Madras plague regulations and rules - Volume 2
Disease focus: Plague
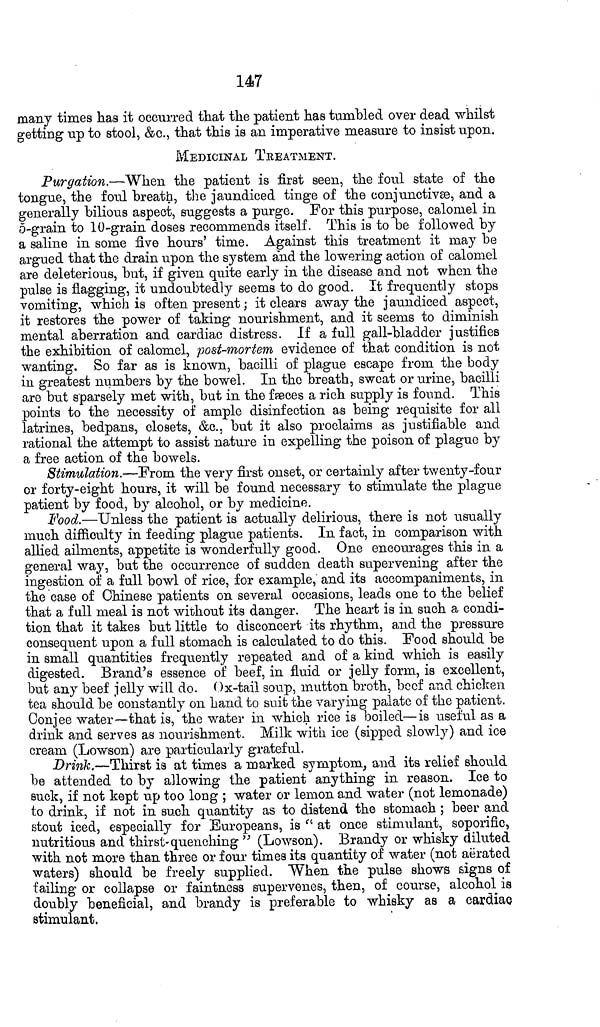
147
many times has it occurred that the patient has tumbled over dead whilst
getting up to stool, &c., that this is an imperative measure to insist upon.
MEDICINAL TREATMENT.
Purgation.—When the patient is first seen, the foul state of the
tongue, the foul breath, the jaundiced tinge of the conjunctivæ, and a
generally bilious aspect, suggests a purge. For this purpose, calomel in
5-grain to 10-grain doses recommends itself. This is to be followed by
a saline in some five hours' time. Against this treatment it may be
argued that the drain upon the system and the lowering action of calomel
are deleterious, but, if given quite early in the disease and not when the
pulse is flagging, it undoubtedly seems to do good. It frequently stops
vomiting, which is often present ; it clears away the jaundiced aspect,
it restores the power of taking nourishment, and it seems to diminish
mental aberration and cardiac distress. If a full gall-bladder justifies
the exhibition of calomel, post-mortem evidence of that condition is not
wanting. So far as is known, bacilli of plague escape from the body
in greatest numbers by the bowel. In the breath, sweat or urine, bacilli
are but sparsely met with, but in the fæces a rich supply is found. This
points to the necessity of ample disinfection as being requisite for all
latrines, bedpans, closets, &c., but it also proclaims as justifiable and
rational the attempt to assist nature in expelling the poison of plague by
a free action of the bowels.
Stimulation.—From the very first onset, or certainly after twenty-four
or forty-eight hours, it will be found necessary to stimulate the plague
patient by food, by alcohol, or by medicine.
Food.—Unless the patient is actually delirious, there is not usually
much difficulty in feeding plague patients. In fact, in comparison with
allied ailments, appetite is wonderfully good. One encourages this in a
general way, but the occurrence of sudden death supervening after the
ingestion of a full bowl of rice, for example, and its accompaniments, in
the case of Chinese patients on several occasions, leads one to the belief
that a full meal is not without its danger. The heart is in such a condi-
tion that it takes but little to disconcert its rhythm, and the pressure
consequent upon a full stomach is calculated to do this. Food should be
in small quantities frequently repeated and of a kind which is easily
digested. Brand's essence of beef, in fluid or jelly form, is excellent,
but any beef jelly will do. Ox-tail soup, mutton broth, beef and chicken
tea should be constantly 011 hand to suit the varying palate of the patient.
Conjee water—that is, the water in which rice is boiled—is useful as a
drink and serves as nourishment. Milk with ice (sipped slowly) and ice
cream (Lowson) are particularly grateful.
Drink.—Thirst is at times a marked symptom, and its relief should
be attended to by allowing the patient anything in reason. Ice to
suck, if not kept up too long ; water or lemon and water (not lemonade)
to drink, if not in such quantity as to distend the stomach ; beer and
stout iced, especially for Europeans, is " at once stimulant, soporific,
nutritious and thirst-quenching " (Lowson). Brandy or whisky diluted
with not more than three or four times its quantity of water (not aerated
waters) should be freely supplied. When the pulse shows signs of
failing or collapse or faintness supervenes, then, of course, alcohol is
doubly beneficial, and brandy is preferable to whisky as a cardiac
stimulant.